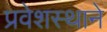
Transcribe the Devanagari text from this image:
प्रवेशस्थाने